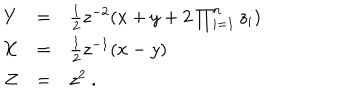
\begin{array} { r c l } { { Y } } & { { = } } & { { \frac { 1 } { 2 } z ^ { - 2 } ( x + y + 2 \prod _ { i = 1 } ^ { n } z _ { i } ) } } \\ { { X } } & { { = } } & { { \frac { 1 } { 2 } z ^ { - 1 } ( x - y ) } } \\ { { Z } } & { { = } } & { { z ^ { 2 } ~ . } } \\ \end{array}